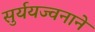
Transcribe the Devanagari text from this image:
सुर्ययज्वनाने